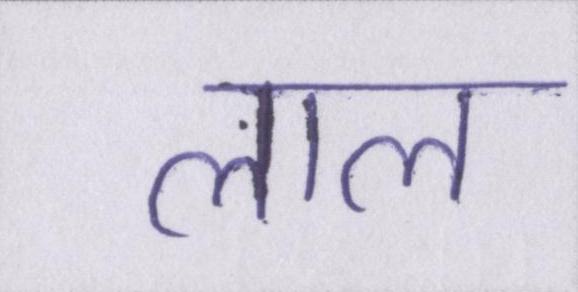
लाल